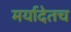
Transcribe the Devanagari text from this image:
मर्यादेतच